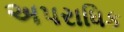
અપરાધિક